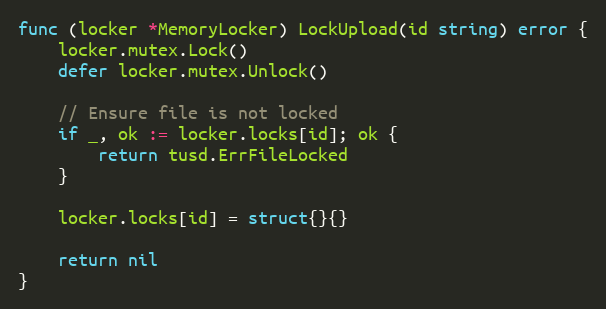
Language: Go
func (locker *MemoryLocker) LockUpload(id string) error {
	locker.mutex.Lock()
	defer locker.mutex.Unlock()

	// Ensure file is not locked
	if _, ok := locker.locks[id]; ok {
		return tusd.ErrFileLocked
	}

	locker.locks[id] = struct{}{}

	return nil
}